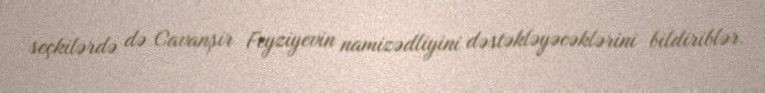
seçkilərdə də Cavanşir Feyziyevin namizədliyini dəstəkləyəcəklərini bildiriblər.